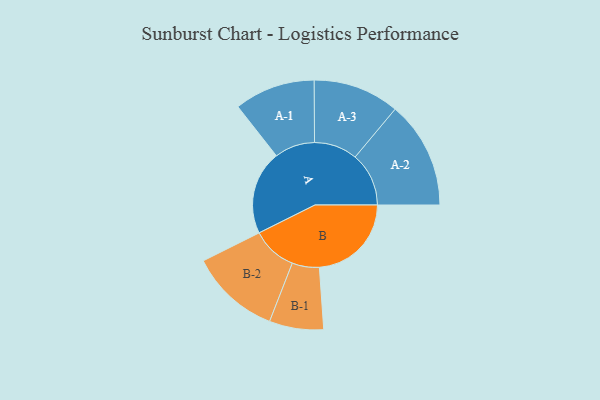
{"axis": {"x": "Segment", "y": "Value"}, "legend": ["", "A", "B"], "data": [{"x": "A", "y": 424, "type": ""}, {"x": "B", "y": 465, "type": ""}, {"x": "A-1", "y": 204, "type": "A"}, {"x": "A-2", "y": 271, "type": "A"}, {"x": "A-3", "y": 218, "type": "A"}, {"x": "B-1", "y": 137, "type": "B"}, {"x": "B-2", "y": 228, "type": "B"}]}